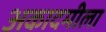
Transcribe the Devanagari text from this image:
अकादमीला